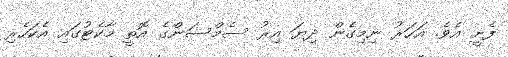
ފެށީ އެވެ. އަހަރު ނިމިގެން ދިޔަ އިރު ސެމްސަންގެ އޮތީ މާކެޓުގައި އެކަހެރި